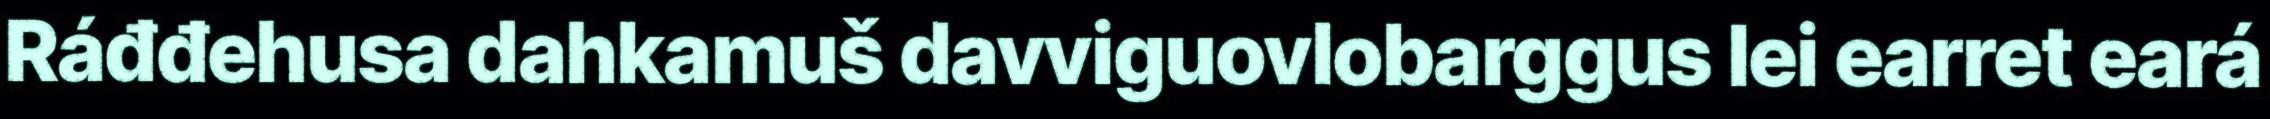
Ráđđehusa dahkamuš davviguovlobarggus lei earret eará